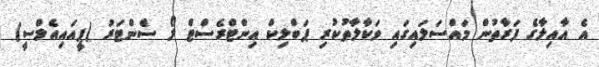
އެ އާއިލާގެ ފަރާތުން މައްސަލައިގައި ވަކާލާތުކުރި ޕަބްލިކް އިންޓްރެސްޓް ލޯ ސެންޓަރު (ޕީއައިއެލްސީ)